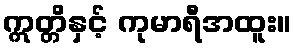
ဣတ္တိနှင့် ကုမာရီအထူး။